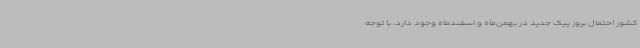
کشور احتمال بروز پیک جدید در بهمن‌ماه و اسفندماه وجود دارد، با توجه